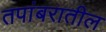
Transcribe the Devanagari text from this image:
तपांबरातील